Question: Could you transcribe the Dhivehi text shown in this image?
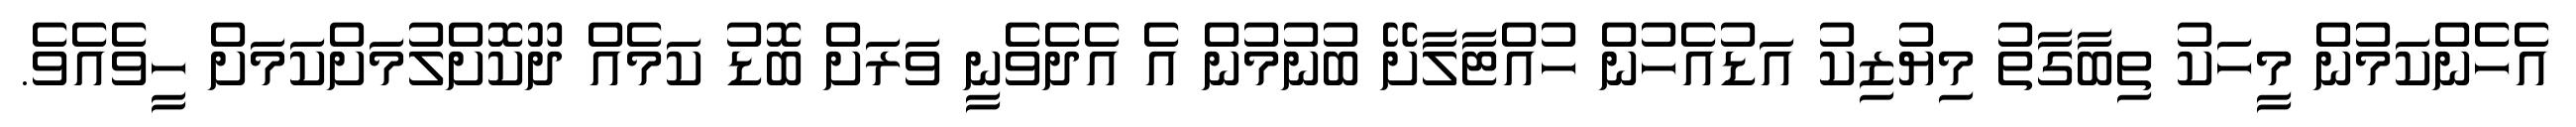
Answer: އެހެންކަމުން މީހަކު ތިބާގާތު މިޔުޒިކު އަޑުއެހުން ހުއްޓާލާށޭ ބުނުމުން އެ އެދެވެނީ ވަރަށް ބޮޑު ކަމެއް ދޫކޮށްލުމަށްކަމަށް ހީވެއެވެ.